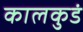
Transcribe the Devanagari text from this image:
कालकुडं